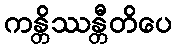
ကန္တိဿန္တီတိပေ